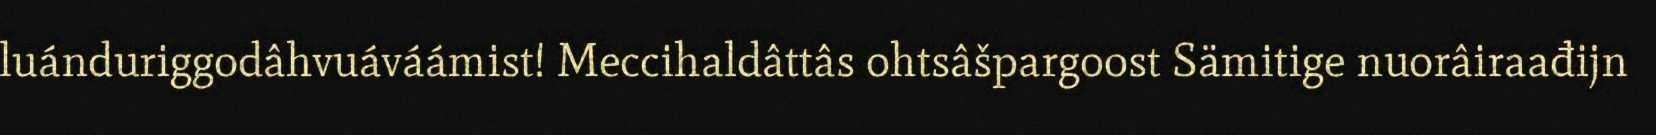
luánduriggodâhvuáváámist! Meccihaldâttâs ohtsâšpargoost Sämitige nuorâiraađijn